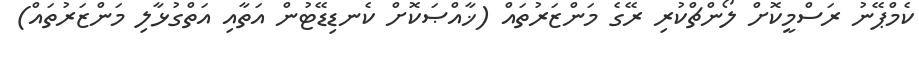
ކެމްޕޭނު ރަސްމީކޮށް ލޯންޗްކުރި ރޭގެ މަންޒަރުތައް (ޚާއްޞަކޮށް ކެނޑިޑޭޓުން އަތާއި އަތްގުޅާލި މަންޒަރުތައް)